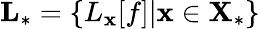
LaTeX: \textbf{L}_{*}=\{ L_{\textbf{x}}[f]|\textbf{x}\in\textbf{X}_{*}\}